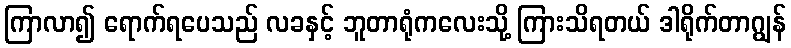
ကြာလာ၍ ရောက်ရပေသည် လခနှင့် ဘူတာရုံကလေးသို့ ကြားသိရတယ် ဒါရိုက်တာဂျွန်